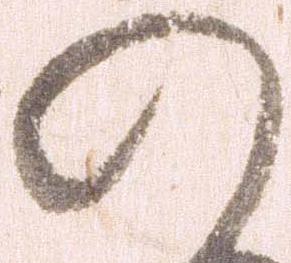
の